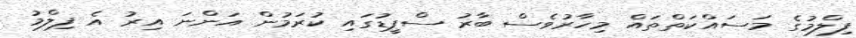
ފިލްމުގެ މަސައްކަތްތައް މިހާރުވެސް ބާރު ސްޕީޑުގައި ކުރަމުން އަންނަ އިރު އެ ފިލްމު